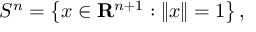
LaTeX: S ^ { n } = \left\{ x \in \mathbf { R } ^ { n + 1 } : \left\| x \right\| = 1 \right\} ,